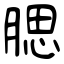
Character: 腮